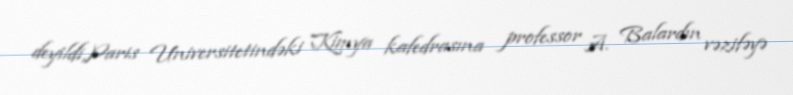
deyildi,Paris Universitetindəki Kimya kafedrasına professor A. Balardın vəzifəyə